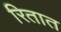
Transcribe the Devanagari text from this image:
रितात